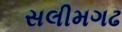
સલીમગઢ